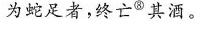
为蛇足者，终亡⑧其酒。